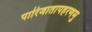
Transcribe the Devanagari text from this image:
पारिजातापहरणमु